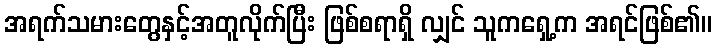
အရက်သမားတွေနှင့်အတူလိုက်ပြီး ဖြစ်စရာရှိ လျှင် သူကရှေ့က အရင်ဖြစ်၏။